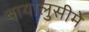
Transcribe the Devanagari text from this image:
बायालुसीमे